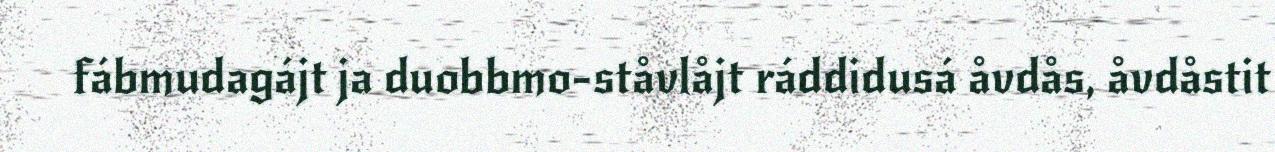
fábmudagájt ja duobbmo-ståvlåjt ráddidusá åvdås, åvdåstit